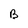
Character: B